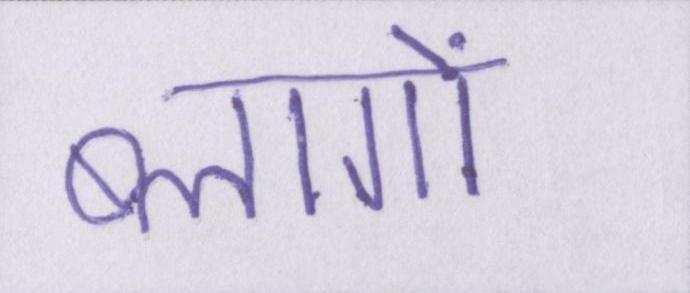
ब्लागों